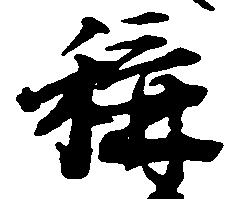
称